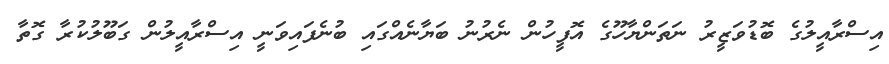
އިސްރާއީލުގެ ބޮޑުވަޒީރު ނަތަންޔާހޫގެ އޮފީހުން ނެރުނު ބަޔާނެއްގައި ބުނެފައިވަނީ އިސްރާއީލުން ގަބޫލުކުރާ ގޮތާ